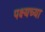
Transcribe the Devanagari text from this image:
पक्ष्यच्या